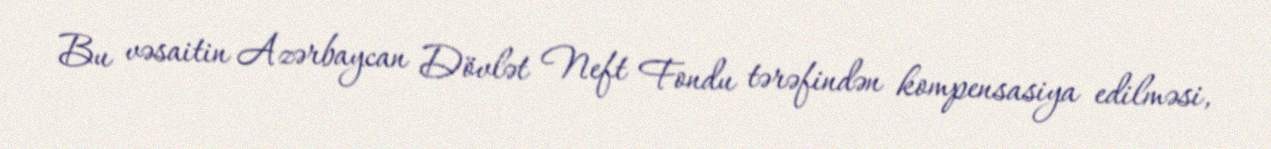
Bu vəsaitin Azərbaycan Dövlət Neft Fondu tərəfindən kompensasiya edilməsi,